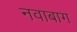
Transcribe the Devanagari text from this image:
नवाबाग